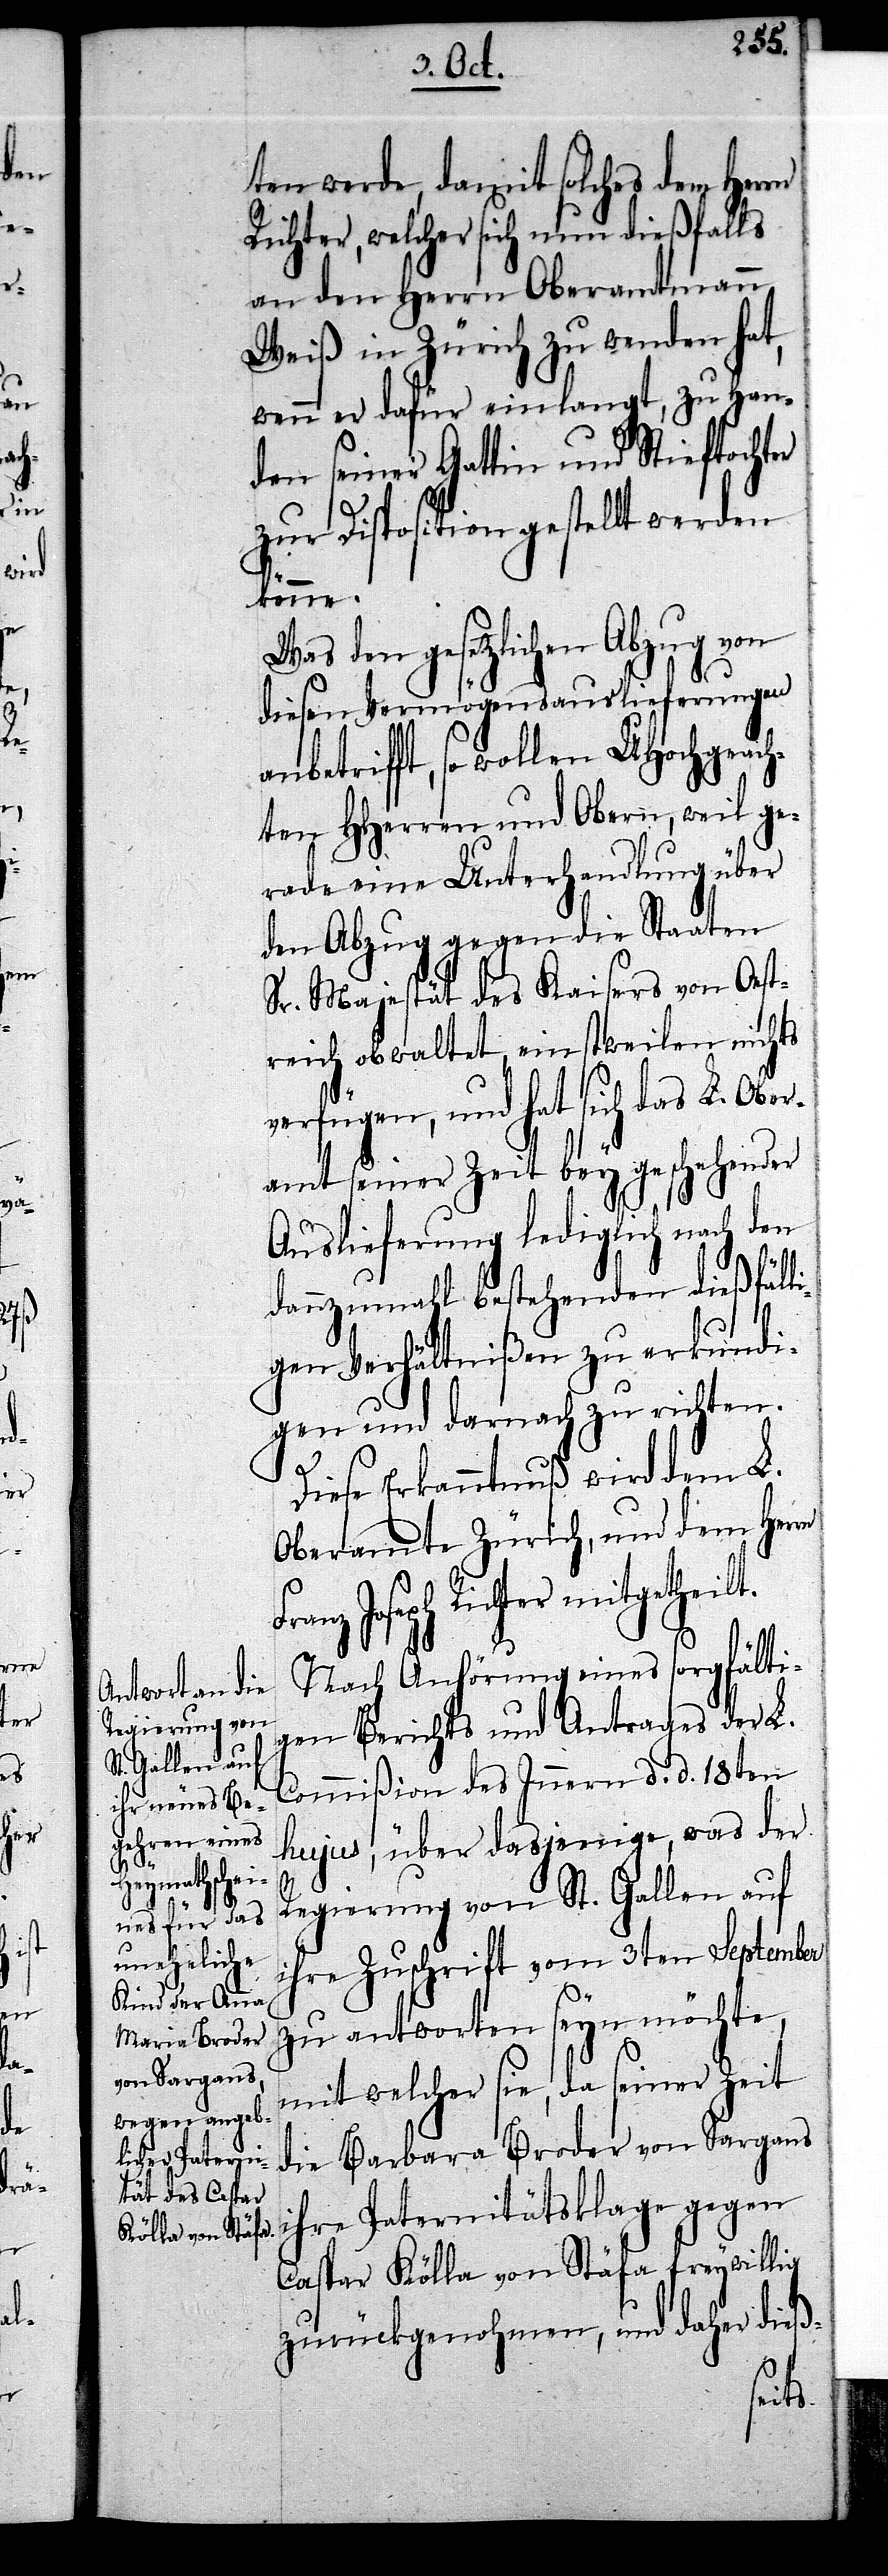
an¬

ten werde, damit solches dem Herrn
Richter, welcher sich nun dießfalls
an den Herrn Oberamtmann
Weiß in Zürich zu wenden hat,
wenn er dafür einlangt, zu Han¬
den seiner Gattin und Stieftochter
zur Disposition gestellt werden
könne.
Was den gesetzlichen Abzug von
diesen Vermögensauslieferungen
betrifft, so wollen UHochgeach¬
ten HHerren und Obern, weil ge¬
rade eine Unterhandlung über
den Abzug gegen die Staaten
Sr. Majestät des Kaisers von Oest¬
reich obwaltet, einstweilen nichts
verfügen, und hat sich das L. Ober¬
amt seiner Zeit bey geschehener
Auslieferung lediglich nach den
dannzumahl bestehenden dießfäll¬
igen Verhältnißen zu erkundi¬
gen und darnach zu richten.
Diese Erkanntnuß wird dem L.
Oberamte Zürich, und dem Herrn
Joseph Richter mitgetheilt.
Nach Anhörung eines sorgfälti¬
gen Berichts und Antrages der L.
Commißion des Innern d. d. 18ten
hujus, über dasjenige, was der
Regierung von St. Gallen auf
ihre Zuschrift vom 3ten September
zu antworten seyn möchte,
mit welcher sie, da seiner Zeit
die Barbara Broder von Sargans
ihre Paternitätsklage gegen
Caspar Kölla von Stäfa freywillig
zurückgenohmen, und daher dieß-